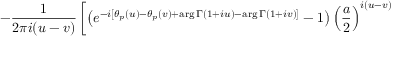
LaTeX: - \frac { 1 } { 2 \pi i ( u - v ) } \left[ \left( e ^ { - i [ \theta _ { p } ( u ) - \theta _ { p } ( v ) + \mathrm { a r g } \, \Gamma ( 1 + i u ) - \mathrm { a r g } \, \Gamma ( 1 + i v ) ] } - 1 \right) { \left( \frac { a } { 2 } \right) } ^ { i ( u - v ) } \right.